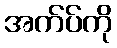
အက်ပ်ကို